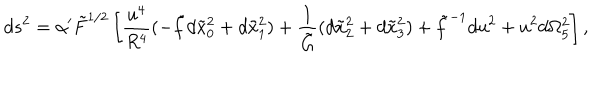
d s ^ { 2 } = \alpha ^ { \prime } \tilde { F } ^ { 1 / 2 } \left[ \frac { u ^ { 4 } } { R ^ { 4 } } ( - \tilde { f } d \tilde { x } _ { 0 } ^ { 2 } + d \tilde { x } _ { 1 } ^ { 2 } ) + \frac { 1 } { \tilde { G } } ( d \tilde { x } _ { 2 } ^ { 2 } + d \tilde { x } _ { 3 } ^ { 2 } ) + \tilde { f } ^ { - 1 } d u ^ { 2 } + u ^ { 2 } d \Omega _ { 5 } ^ { 2 } \right] ,